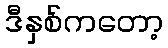
ဒီနှစ်ကတော့